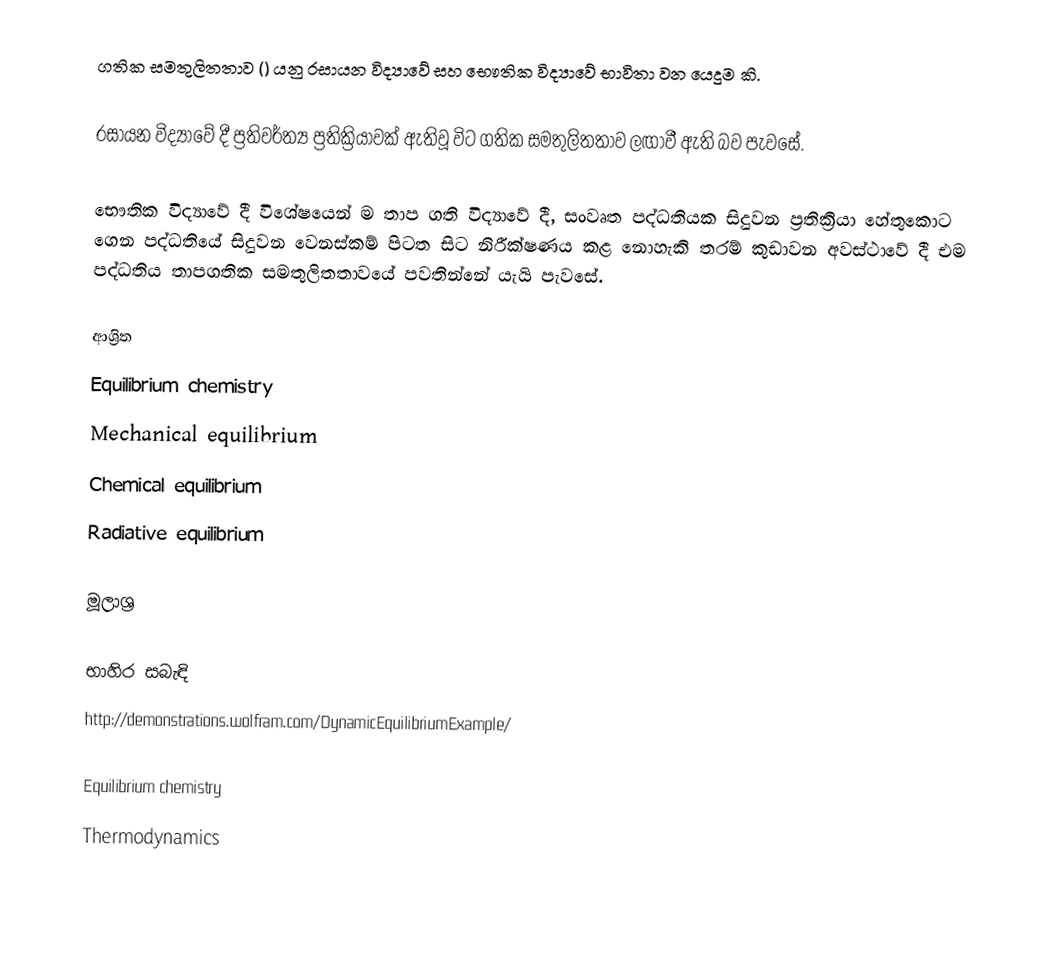
ගතික සමතුලිතතාව () යනු රසායන විද්‍යාවේ සහ භෞතික විද්‍යාවේ භාවිතා වන යෙදුම කි.

රසායන විද්‍යාවේ දී ප්‍රතිවර්ත්‍ය ප්‍රතික්‍රියාවක් ඇතිවූ විට ගතික සමතුලිතතාව ලඟාවී ඇති බව පැවසේ.

භෞතික විද්‍යාවේ දී විශේෂයෙන් ම තාප ගති විද්‍යාවේ දී, සංවෘත පද්ධතියක  සිදුවන ප්‍රතික්‍රියා හේතුකොට ගෙන පද්ධතියේ සිදුවන වෙනස්කම් පිටත සිට නිරීක්ෂණය කළ නොහැකි තරම් කුඩාවන අවස්ථාවේ දී එම පද්ධතිය තාපගතික සමතුලිතතාවයේ පවතින්නේ යැයි පැවසේ.

ආශ්‍රිත
Equilibrium chemistry
Mechanical equilibrium
Chemical equilibrium
Radiative equilibrium

මූලාශ්‍ර

භාහිර සබැඳි
 http://demonstrations.wolfram.com/DynamicEquilibriumExample/

Equilibrium chemistry
Thermodynamics